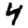
Digit: 4